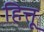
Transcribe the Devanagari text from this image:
हित्तू